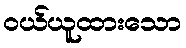
ဝယ်ယူထားသော